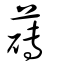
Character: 礡